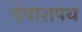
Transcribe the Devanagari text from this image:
देवाशपथ